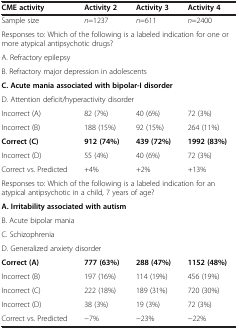
<table><thead><tr><td><b>CME activity</b></td><td><b>Activity 2</b></td><td><b>Activity 3</b></td><td><b>Activity 4</b></td></tr></thead><tbody><tr><td>Sample size</td><td><i>n</i>=1237</td><td><i>n</i>=611</td><td><i>n</i>=2400</td></tr><tr><td colspan="4">Responses to: Which of the following is a labeled indication for one or more atypical antipsychotic drugs?</td></tr><tr><td colspan="4">A. Refractory epilepsy</td></tr><tr><td colspan="4">B. Refractory major depression in adolescents</td></tr><tr><td colspan="4"><b>C. Acute mania associated with bipolar-I disorder</b></td></tr><tr><td colspan="4">D. Attention deficit/hyperactivity disorder</td></tr><tr><td>Incorrect (A)</td><td>82 (7%)</td><td>40 (6%)</td><td>72 (3%)</td></tr><tr><td>Incorrect (B)</td><td>188 (15%)</td><td>92 (15%)</td><td>264 (11%)</td></tr><tr><td><b>Correct (C)</b></td><td><b>912 (74%)</b></td><td><b>439 (72%)</b></td><td><b>1992 (83%)</b></td></tr><tr><td>Incorrect (D)</td><td>55 (4%)</td><td>40 (6%)</td><td>72 (3%)</td></tr><tr><td>Correct vs. Predicted</td><td>+4%</td><td>+2%</td><td>+13%</td></tr><tr><td colspan="4">Responses to: Which of the following is a labeled indication for an atypical antipsychotic in a child, 7 years of age?</td></tr><tr><td colspan="4"><b>A. Irritability associated with autism</b></td></tr><tr><td colspan="4">B. Acute bipolar mania</td></tr><tr><td colspan="4">C. Schizophrenia</td></tr><tr><td colspan="4">D. Generalized anxiety disorder</td></tr><tr><td><b>Correct (A)</b></td><td><b>777 (63%)</b></td><td><b>288 (47%)</b></td><td><b>1152 (48%)</b></td></tr><tr><td>Incorrect (B)</td><td>197 (16%)</td><td>114 (19%)</td><td>456 (19%)</td></tr><tr><td>Incorrect (C)</td><td>222 (18%)</td><td>189 (31%)</td><td>720 (30%)</td></tr><tr><td>Incorrect (D)</td><td>38 (3%)</td><td>19 (3%)</td><td>72 (3%)</td></tr><tr><td>Correct vs. Predicted</td><td>−7%</td><td>−23%</td><td>−22%</td></tr></tbody></table>